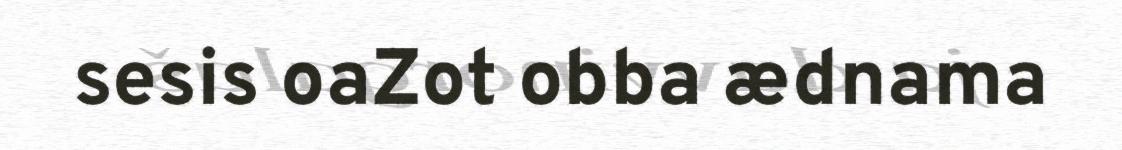
sesis oaZot obba ædnama